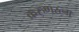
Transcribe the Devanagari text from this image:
करुणरत्ना